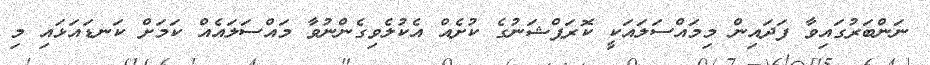
ނަންބަރުގައިވާ ފަދައިން މިމައްސަލައަކީ ކޮރަޕްޝަނުގެ ކުށެއް އެކުލެވިގެންނުވާ މައްސަލައެއް ކަމަށް ކަނޑައަޅައި މި